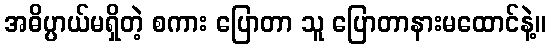
အဓိပ္ပာယ်မရှိတဲ့ စကား ပြောတာ သူ ပြောတာနားမထောင်နဲ့။